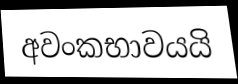
අවංකභාවයයි